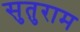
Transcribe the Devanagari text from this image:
सुतुराम